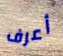
أعرف